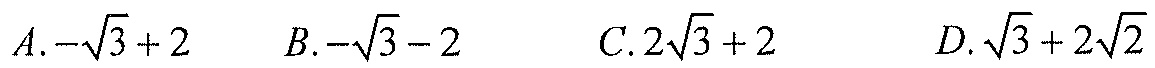
$A.-\sqrt{3}+2\quad B.-\sqrt{3}-2\quad C.2\sqrt{3}+2\quad D.\sqrt{3}+2\sqrt{2}$